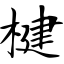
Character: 楗